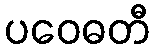
ပဝေဓတီ